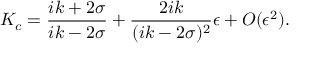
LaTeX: K _ { c } = \frac { i k + 2 \sigma } { i k - 2 \sigma } + \frac { 2 i k } { ( i k - 2 \sigma ) ^ { 2 } } \epsilon + O ( \epsilon ^ { 2 } ) .